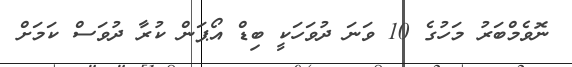
ނޮވެމްބަރު މަހުގެ 10 ވަނަ ދުވަހަކީ ބިޑް އޯޕަން ކުރާ ދުވަސް ކަމަށް